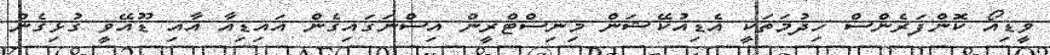
ވީޑިއޯ ކޮންފަރެންސް ހިދުމަތަކީ އެޑިއުކޭޝަން މިނިސްޓްރީން އިސްނަގައިގެން އައިޑިއާ އާއި ޑޫއޭވީ ގުޅިގެން